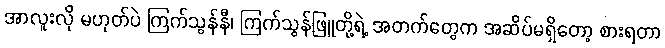
အာလူးလို မဟုတ်ပဲ ကြက်သွန်နီ၊ ကြက်သွန်ဖြူတို့ရဲ့ အတက်တွေက အဆိပ်မရှိတော့ စားရတာ